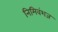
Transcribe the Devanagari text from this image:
निमिवंशज